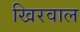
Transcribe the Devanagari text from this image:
खिरवाल